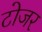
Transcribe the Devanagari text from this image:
टोजर